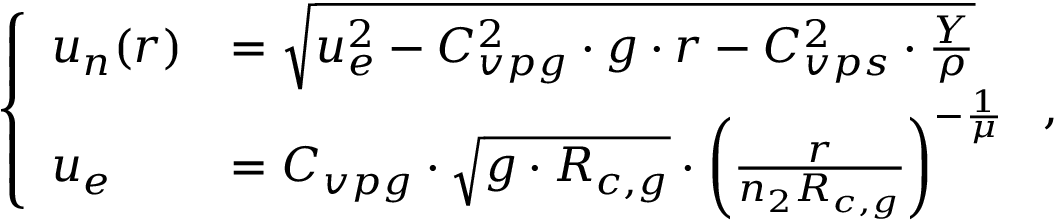
\left\{ \begin{array} { l l } { u _ { n } ( r ) } & { = \sqrt { u _ { e } ^ { 2 } - C _ { v p g } ^ { 2 } \cdot g \cdot r - C _ { v p s } ^ { 2 } \cdot \frac { Y } { \rho } } } \\ { u _ { e } } & { = C _ { v p g } \cdot \sqrt { g \cdot R _ { c , g } } \cdot \left( \frac { r } { n _ { 2 } R _ { c , g } } \right) ^ { - \frac { 1 } { \mu } } } \end{array} \right. \mathrm { , }